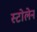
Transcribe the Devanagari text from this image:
स्टोलेन